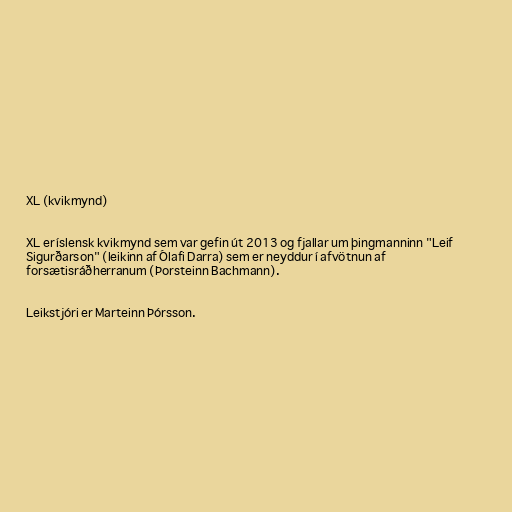
XL (kvikmynd)

XL er íslensk kvikmynd sem var gefin út 2013 og fjallar um þingmanninn "Leif
Sigurðarson" (leikinn af Ólafi Darra) sem er neyddur í afvötnun af
forsætisráðherranum (Þorsteinn Bachmann).

Leikstjóri er Marteinn Þórsson.